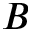
B